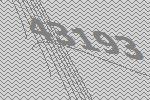
43193